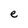
Character: e